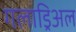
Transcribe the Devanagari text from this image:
गलाड्रिअल